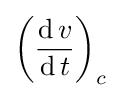
\left({\frac {\operatorname {d} v}{\operatorname {d} t}}\right)_{c}